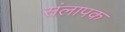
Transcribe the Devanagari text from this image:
संलापक